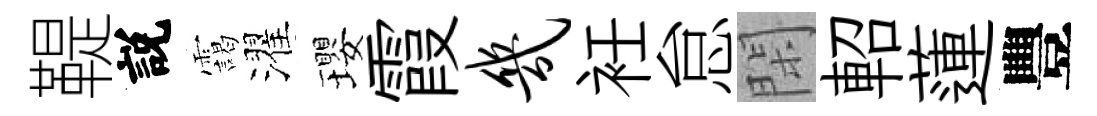
鞮説靄濯瓔霞几衽怠閑軺蓮豐